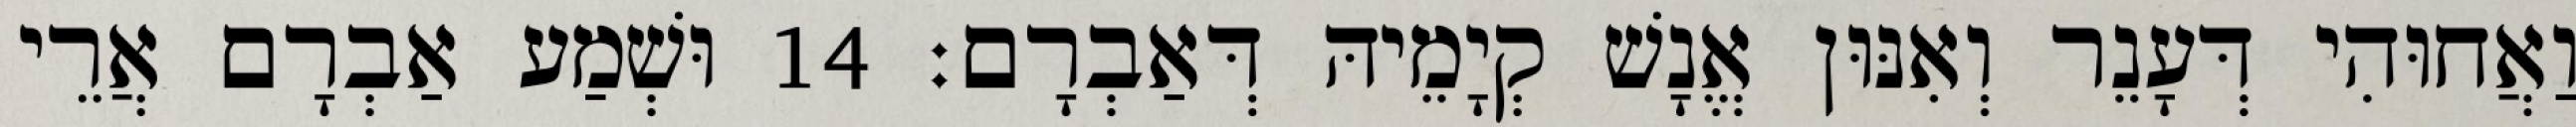
וַאֲחוּהִי דְּעָנֵר וְאִנּוּן אֱנָשׁ קְיָמֵיהּ דְּאַבְרָם׃ 14 וּשְׁמַע אַבְרָם אֲרֵי